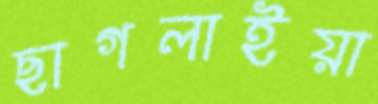
ছাগলাইয়া